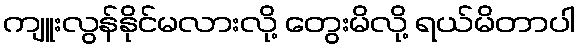
ကျူးလွန်နိုင်မလားလို့ တွေးမိလို့ ရယ်မိတာပါ